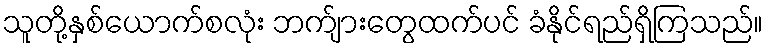
သူတို့နှစ်ယောက်စလုံး ဘက်ျားတွေထက်ပင် ခံနိုင်ရည်ရှိကြသည်။